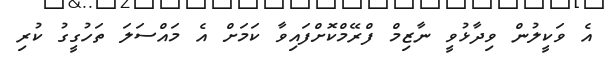
އެ ވަކީލުން ވިދާޅުވީ ނާޒިމް ފްރޭމްކޮށްފައިވާ ކަމަށް އެ މައްސަލަ ތަހުގީގު ކުރި